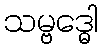
သမ္ဗဒ္ဓေါ